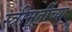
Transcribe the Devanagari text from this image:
स्त्रीमूर्तीच्या